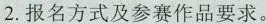
2.报名方式及参赛作品要求。